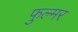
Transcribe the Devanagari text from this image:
फुल्मर